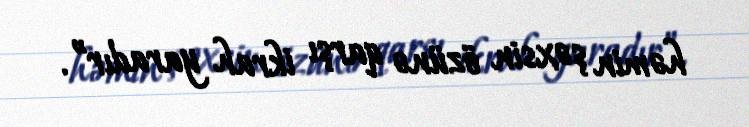
həmin şəxsin özünə qarşı ikrah yaradır”.